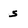
Character: s